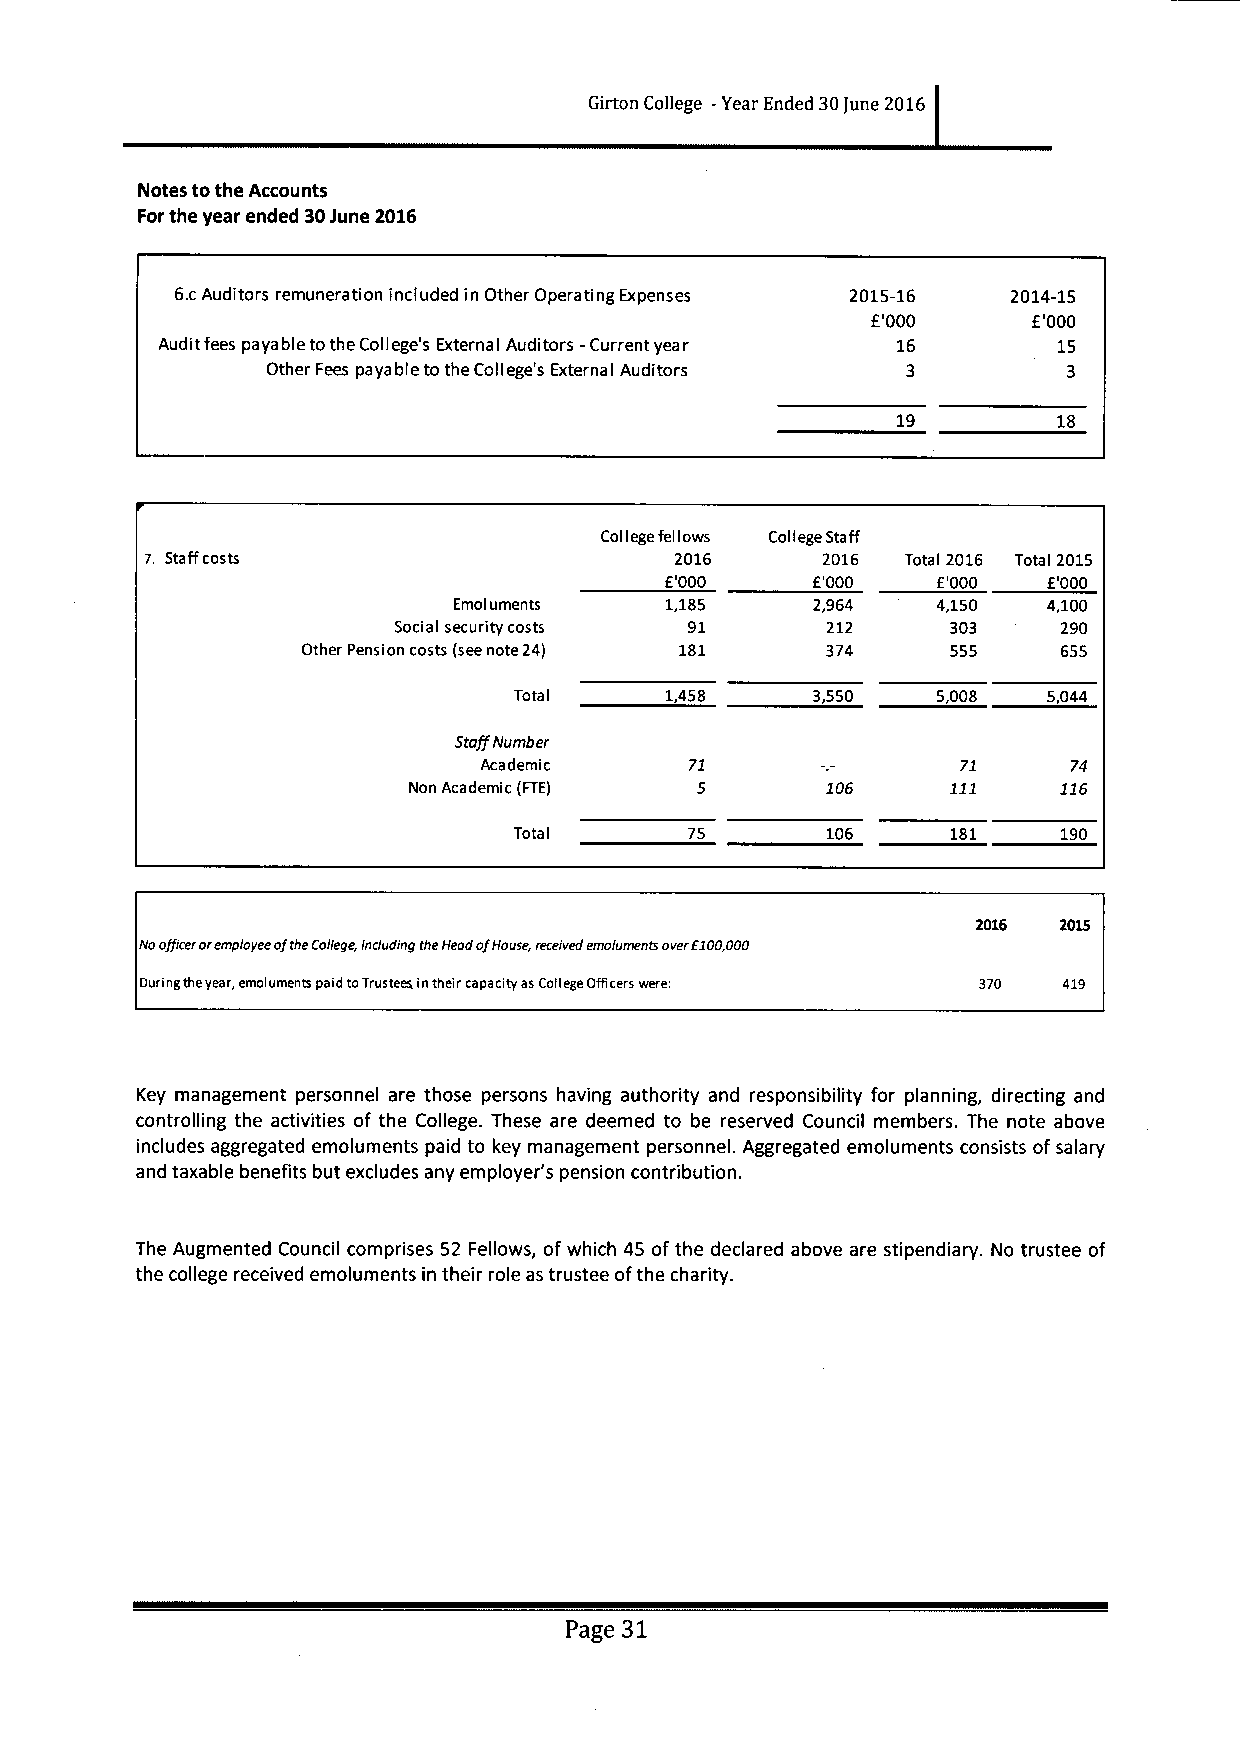
Girton College -Year Ended 30June 2016
 Notes tothe Accounts
 Forthe year ended 30June 2016
 6.cAuditors remuneration included in Other Operating Expenses 2015-16 2014-15
 E'000     E'000
 Audit fees paya bie tothe College's Externa I Auditors -Current yea r 16 15
 Other Fees paya bie tothe College's Externa I Auditors 3 3
 19         18
 ColIegefelIows College Staff
 7. Staffcosts                      2016     2016  Tota I 2016 Tota I 2015
 E'000     E'000   f'000  E'000
 Emoluments    1,185     2,964   4,150  4,100
 Socia security costs 91      212     303    290
 I
 Other Pension costs (seenote 24) 181 374   555    655
 Tota
 I
 1,458     3,550   5,008  5,044
 StaffNumber
 Academic      71                71     74
 Non Academic (FTE) 5        106     111    116
 Tota        75       106     181    190
 I
 2016 2015
 Noofficeroremployee oftheCollege, including the Head ofHouse, received emoluments overE100,000
 During theyear, emoluments paid toTrustees intheir capacity as College Officers were: 370 419
 Key management personnel are those persons having authority and responsibility for planning, directing and
 controlling the activities of the College. These are deemed to be reserved Council members. The note above
 includes aggregated emoluments paid to key management personnel. Aggregated emoluments consists ofsalary
 and taxable benefits but excludes any employer's pension contribution.
 The Augmented Council comprises 52 Fellows, ofwhich 45 ofthe declared above are stipendiary. No trustee of
 the college received emoluments in their role as trustee ofthe charity.
 Page 31